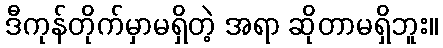
ဒီကုန်တိုက်မှာမရှိတဲ့ အရာ ဆိုတာမရှိဘူး။